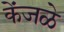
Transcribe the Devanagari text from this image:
केंजळे